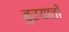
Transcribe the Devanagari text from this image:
बुरयातों